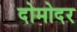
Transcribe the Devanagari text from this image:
दोमोदर